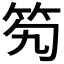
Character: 𥫷